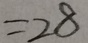
= 2 8